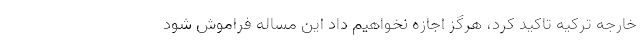
خارجه ترکیه تاکید کرد، هرگز اجازه نخواهیم داد این مساله فراموش شود